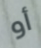
أو